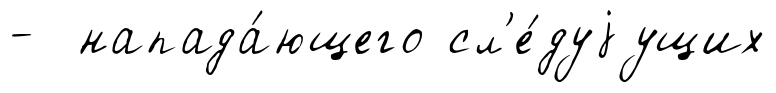
- напада́ющего сл'е́дуjущих